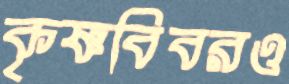
কৃষ্ণবিবরও